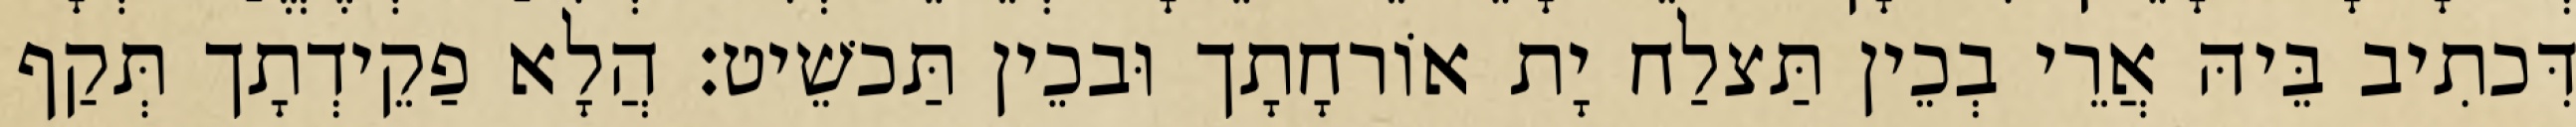
דִּכתִיב בֵּיהּ אֲרֵי בְכֵין תַּצלַח יָת אוֹרחָתָך וּבכֵין תַּכשֵׁיט׃ הֲלָא פַקֵידְתָך תְּקַף